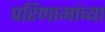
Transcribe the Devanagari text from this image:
परिणामांच्या